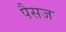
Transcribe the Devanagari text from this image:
पैसज